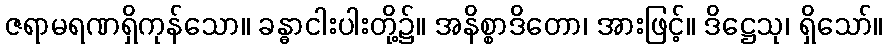
ဇရာမရဏရှိကုန်သော။ ခန္ဓာငါးပါးတို့၌။ အနိစ္စာဒိတော၊ အားဖြင့်။ ဒိဋ္ဌေသု၊ ရှိသော်။